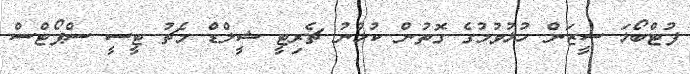
ފުޓްބޯޅަ ސީޒަން ހުޅުވުމުގެ ގޮތުން ކުޅުނު ޗެރިޓީ ޝީލްޑް މެޗު ޓީސީ ސްޕޯޓްސް